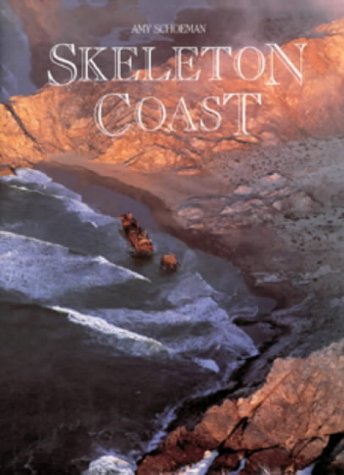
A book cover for Skeleton Coast; Amy Schoeman; Travel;